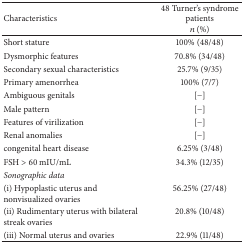
<table><thead><tr><td><b>Characteristics</b></td><td><b>48 Turner&#x27;s syndrome patients <i>n</i> (%)</b></td></tr></thead><tbody><tr><td>Short stature</td><td>100% (48/48)</td></tr><tr><td>Dysmorphic features</td><td>70.8% (34/48)</td></tr><tr><td>Secondary sexual characteristics</td><td>25.7% (9/35)</td></tr><tr><td>Primary amenorrhea</td><td>100% (7/7)</td></tr><tr><td>Ambiguous genitals</td><td>[−]</td></tr><tr><td>Male pattern</td><td>[−]</td></tr><tr><td>Features of virilization</td><td>[−]</td></tr><tr><td>Renal anomalies</td><td>[−]</td></tr><tr><td>congenital heart disease</td><td>6.25% (3/48)</td></tr><tr><td>FSH &gt; 60 mIU/mL</td><td>34.3% (12/35)</td></tr><tr><td><i>Sonographic data </i></td><td> </td></tr><tr><td>(i) Hypoplastic uterus and nonvisualized ovaries</td><td>56.25% (27/48)</td></tr><tr><td>(ii) Rudimentary uterus with bilateral streak ovaries</td><td>20.8% (10/48)</td></tr><tr><td>(iii) Normal uterus and ovaries</td><td>22.9% (11/48)</td></tr></tbody></table>